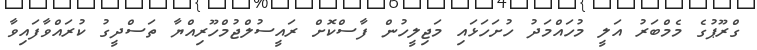
ގްރޫޕުގެ މެމްބަރު އަލީ މުހައްމަދު ހުށަހަޅައި މަޖިލީހުން ފާސްކޮށް ރައީސުލްޖުމްހޫރިއްޔާ ތަސްދީގު ކުރައްވާފައިވާ